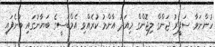
ހުންނަވާ ސަފީރު ޖަންގް ލިޖޮންގް މިއަދު އާންމު ކުރެއްވި އެމްބަސީގެ ބަޔާނުގައި ބުނެފައި